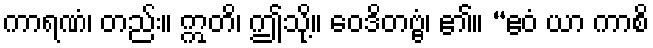
ကာရဏံ၊ တည်း။ ဣတိ၊ ဤသို့။ ဝေဒိတဗ္ဗံ၊ ၏။ “ဧဝံ ယာ ကာစိ